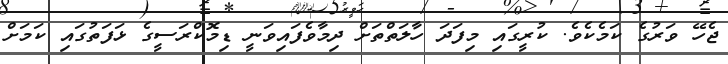
ޖެހޭ ވަރުގެ ކަމެކެވެ. ކުރީގައި މިފަދަ ހާލަތްތަށް ދިމާވެފައިވަނީ ޑިމޮކްރަސީގެ ޅަފަތުގައި ކަމަށް